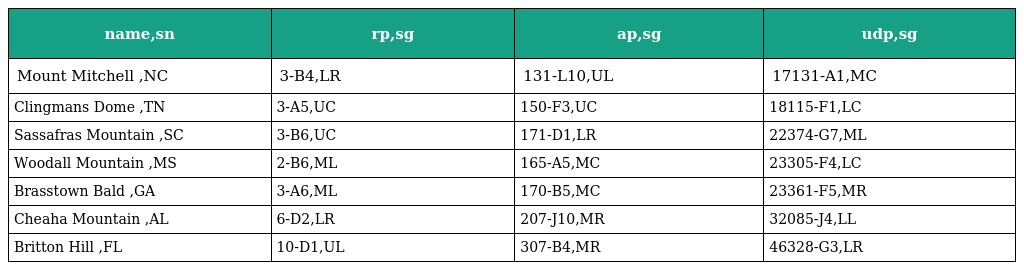
| name,sn | rp,sg | ap,sg | udp,sg |
 | --- | --- | --- | --- |
 | Mount Mitchell ,NC | 3-B4,LR | 131-L10,UL | 17131-A1,MC |
 | Clingmans Dome ,TN | 3-A5,UC | 150-F3,UC | 18115-F1,LC |
 | Sassafras Mountain ,SC | 3-B6,UC | 171-D1,LR | 22374-G7,ML |
 | Woodall Mountain ,MS | 2-B6,ML | 165-A5,MC | 23305-F4,LC |
 | Brasstown Bald ,GA | 3-A6,ML | 170-B5,MC | 23361-F5,MR |
 | Cheaha Mountain ,AL | 6-D2,LR | 207-J10,MR | 32085-J4,LL |
 | Britton Hill ,FL | 10-D1,UL | 307-B4,MR | 46328-G3,LR |